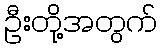
ဦးတို့အတွက်